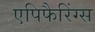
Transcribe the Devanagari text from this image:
एपिफैरिंग्स